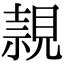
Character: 𧡘